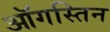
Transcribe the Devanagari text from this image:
ऑगस्तिन